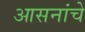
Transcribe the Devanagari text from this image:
आसनांचे